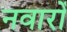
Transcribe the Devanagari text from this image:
नवारों